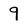
Character: 9